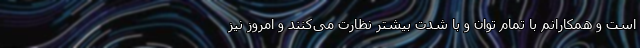
است و همکارانم با تمام توان و با شدت بیشتر نظارت می‌کنند و امروز نیز